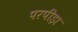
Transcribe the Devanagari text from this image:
परपीड़ा